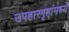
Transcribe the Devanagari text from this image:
उपहारगृहांमध्ये